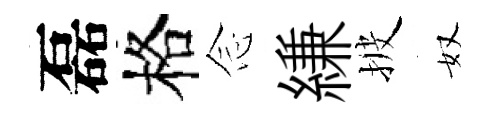
磊格𫝹縑披奴